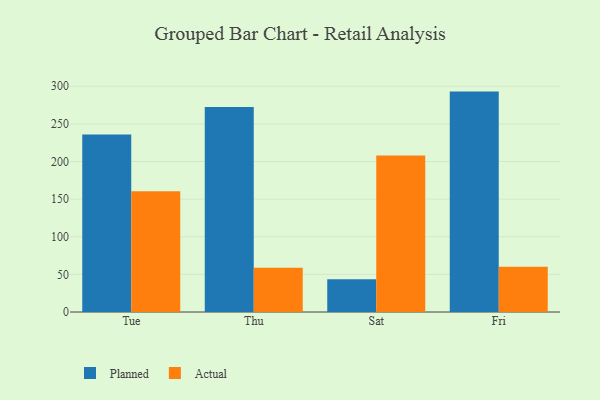
{"axis": {"x": "Day", "y": "Backlog"}, "legend": ["Actual", "Planned"], "data": [{"x": "Tue", "y": 236.0, "type": "Planned"}, {"x": "Tue", "y": 160.5, "type": "Actual"}, {"x": "Thu", "y": 272.6, "type": "Planned"}, {"x": "Thu", "y": 58.9, "type": "Actual"}, {"x": "Sat", "y": 43.4, "type": "Planned"}, {"x": "Sat", "y": 207.9, "type": "Actual"}, {"x": "Fri", "y": 292.9, "type": "Planned"}, {"x": "Fri", "y": 60.1, "type": "Actual"}]}